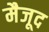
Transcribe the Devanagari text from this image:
मैजूद